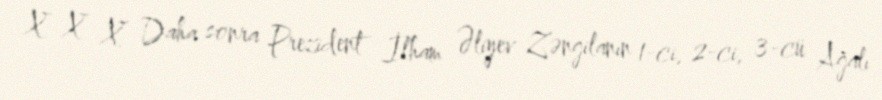
X X X Daha sonra Prezident İlham Əliyev Zəngilanın 1-ci, 2-ci, 3-cü Ağalı